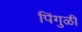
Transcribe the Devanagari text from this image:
पिंगुळी